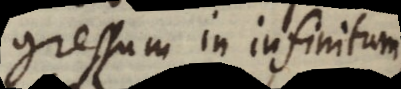
gressum in infinitum;